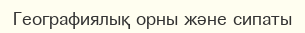
Географиялық орны және сипаты